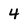
Character: 4